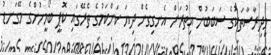
މިދިރާސާތަކުގެ ސަބަބުން އިތުރަށް އެނގިގެން ދިޔަ ކަންކަމުގެ ތެރޭގައި ކޮޕީ ބޯމީހުންގެ މޭގަނޑު